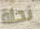
نحلة